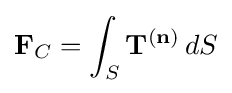
\mathbf {F} _{C}=\int _{S}\mathbf {T} ^{(\mathbf {n} )}\,dS